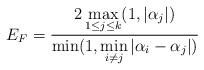
LaTeX: \begin{align*} E_F = \frac{2 \max\limits_{1\leq j\leq k}(1,|\alpha_j|)}{\min(1,\min\limits_{i\neq j}|\alpha_i-\alpha_j|)} \end{align*}